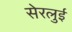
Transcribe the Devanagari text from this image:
सेरलुई